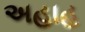
અહાહ